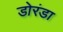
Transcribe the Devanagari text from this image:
डोरंडा